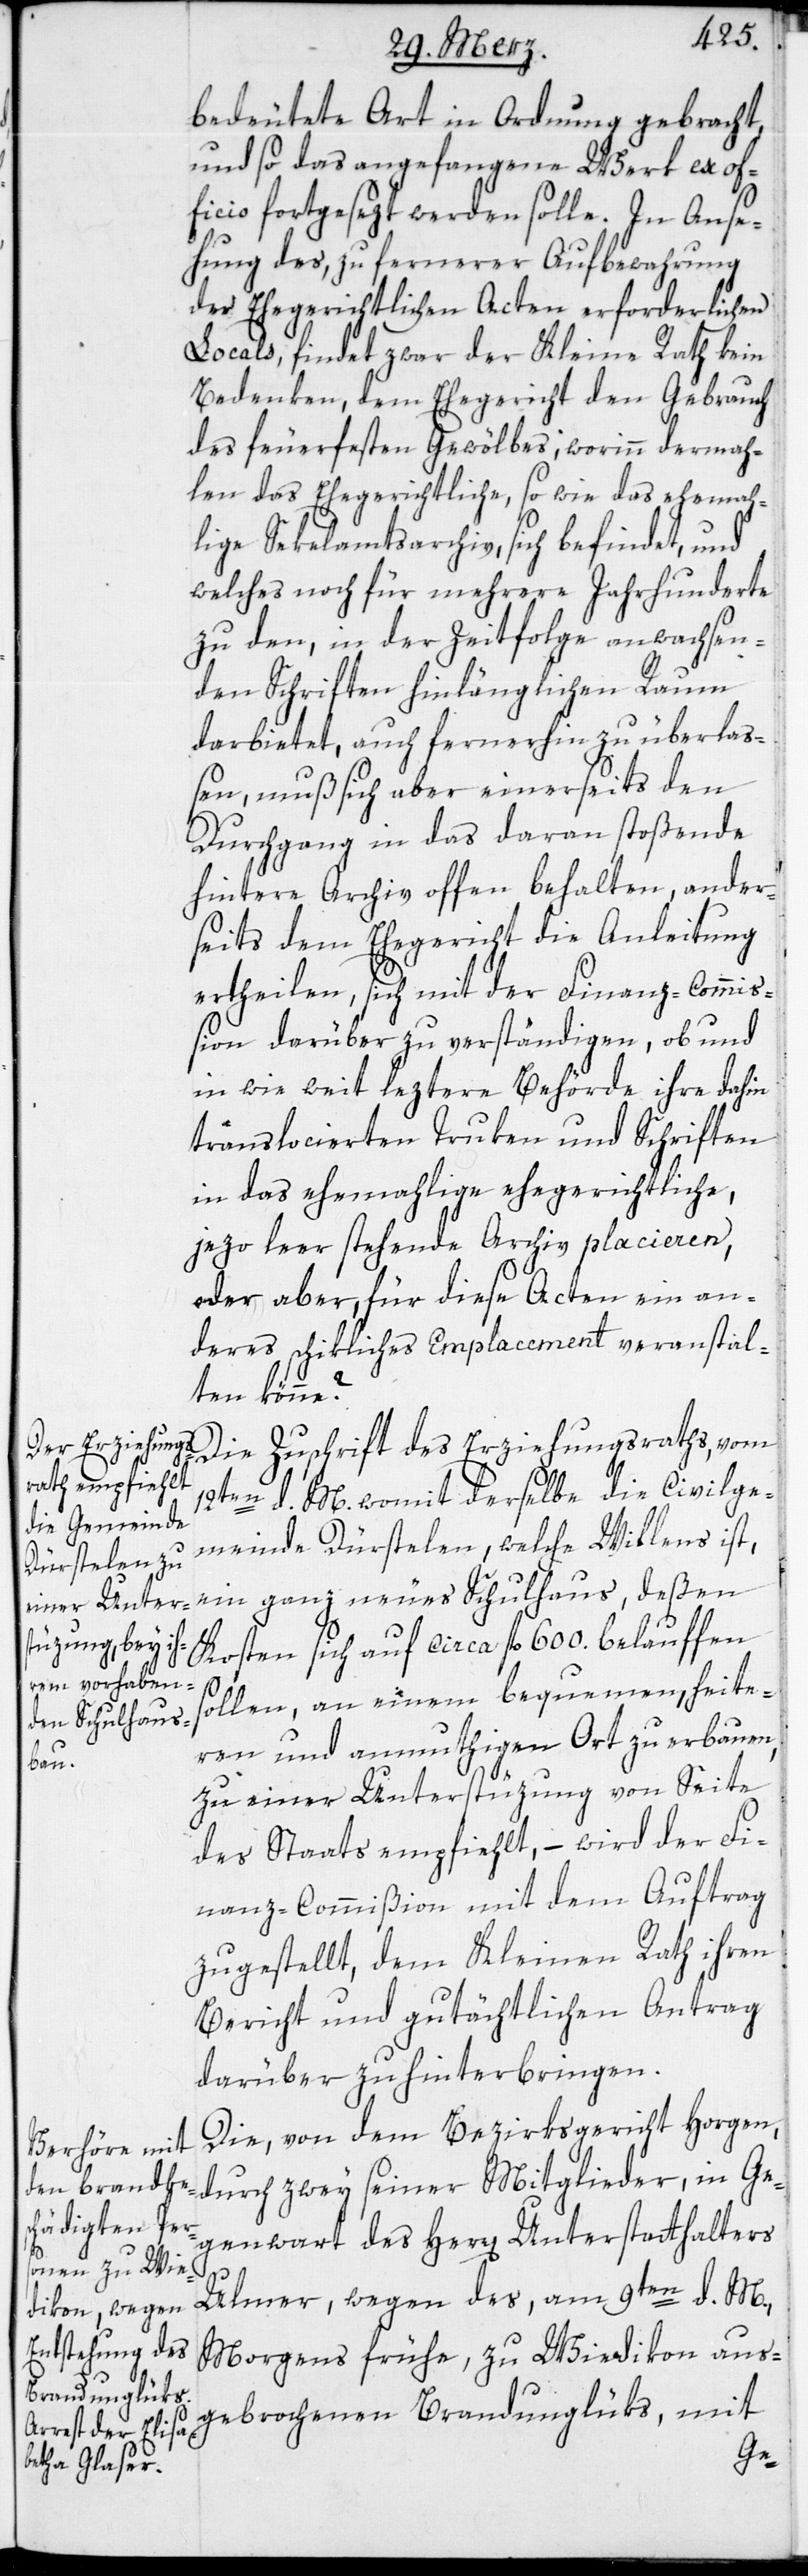
bedeutete Art in Ordnung gebracht,
und so das angefangene Werk ex of¬
ficio fortgesezt werden solle. In Anse¬
hung des, zu fernerer Aufbewahrung
der Ehegerichtlichen Acten erforderlichen
Locals, findet zwar der Kleine Rath kein
Bedenken, dem Ehegericht den Gebrauch
des feuerfesten Gewölbes, worinn dermah¬
len das Ehegerichtliche, so wie das ehemah¬
lige Sekelamtsarchiv, sich befindet, und
welches noch für mehrere Jahrhunderte
zu den, in der Zeitfolge anwachsen¬
den Schriften hinlänglichen Raum
darbietet, auch fernerhin zu überlaß¬
en, muß sich aber einerseits den
Durchgang in das daran stoßende
hintere Archiv offen behalten, ander¬
seits dem Ehergericht die Anleitung
ertheilen, sich mit der Finanz-Commiß¬
ion darüber zu verständigen, ob und
in wie weit leztere Behörde ihre dahin
translocierten Truken und Schriften
in das ehemahlige ehegerichtliche,
jezo leer stehende Archiv placieren,
oder aber, für diese Acten ein an¬
deres schikliches Emplacement veranstal¬
ten könne?
Die Zuschrift des Erziehungsraths, vom
12ten d. M., womit derselbe die Civilge¬
meinde Dürstelen, welche Willens ist,
ein ganz neues Schulhaus, deßen
Kosten sich auf ca. fl. 600. belauffen
sollen, an einem bequemen, heite¬
ren und anmuthigen Ort zu erbauen,
zu einer Unterstüzung von Seite
des Staats empfiehlt, – wird der Fi¬
nanz-Commißion mit dem Auftrag
zugestellt, dem Kleinen Rath ihren
Bericht und gutächtlichen Antrag
darüber zu hinterbringen.
Die, von dem Bezirksgericht Horgen,
durch zwey seiner Mitglieder, in Ge¬
genwart des Herrn Unterstatthalters
Ulmer, wegen des am 9ten d. M.
Morgens frühe, zu Wiedikon aus¬
gebrochenen Brandunglüks, mit